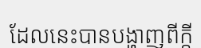
ដែលនេះបានបង្ហាញពីក្តី